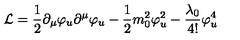
{ \cal L } = \frac { 1 } { 2 } \partial _ { \mu } \varphi _ { u } \partial ^ { \mu } \varphi _ { u } - \frac { 1 } { 2 } m _ { 0 } ^ { 2 } \varphi _ { u } ^ { 2 } - \frac { \lambda _ { 0 } } { 4 ! } \varphi _ { u } ^ { 4 } \,